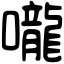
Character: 嚨